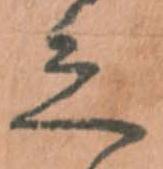
之